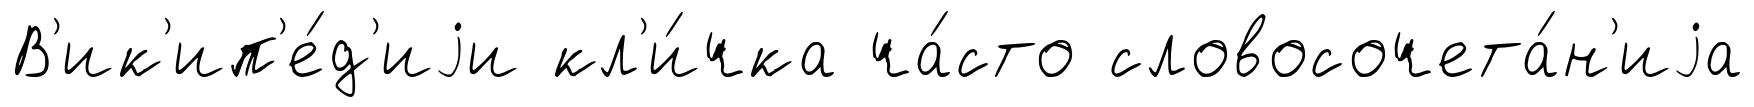
В'ик'ип'е́д'иjи кл'и́чка ча́сто словосочета́н'иjа